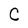
Character: C